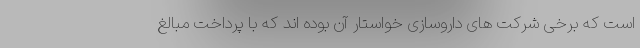
است که برخی شرکت های داروسازی خواستار آن بوده اند که با پرداخت مبالغ